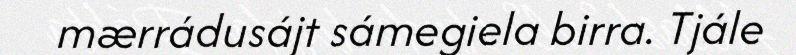
mærrádusájt sámegiela birra. Tjále